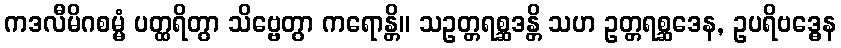
ကဒလီမိဂစမ္မံ ပတ္ထရိတွာ သိဗ္ဗေတွာ ကရောန္တိ။ သဥတ္တရစ္ဆဒန္တိ သဟ ဥတ္တရစ္ဆဒေန, ဥပရိဗဒ္ဓေန